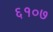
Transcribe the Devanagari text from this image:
६१०७